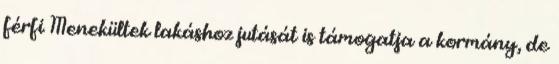
férfi Menekültek lakáshoz jutását is támogatja a kormány, de